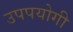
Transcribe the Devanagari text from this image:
उपपयोगी